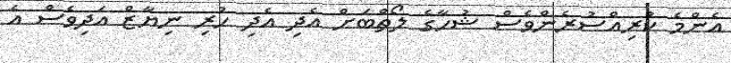
އެންމެ ކުރިއްސުރެންވެސް ޝުހާގެ ލޯތްބަށް އެދި އެދި ހުރި ނިޔާޒް އަދިވެސް އެ